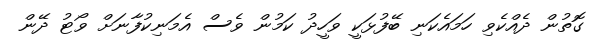
ގޮތުން ދެއްކެވި ހަމައެކަނި ބޭފުޅަކީ ވަހީދު ކަމުން ވެސް އެމަނިކުފާނަށް ވޯޓު ދޭން